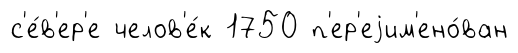
с'е́в'ер'е челов'е́к 1750 п'ер'еjим'ено́ван